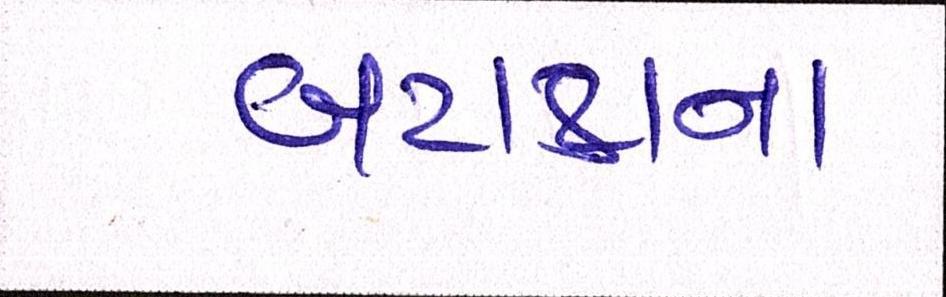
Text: બટાટાના